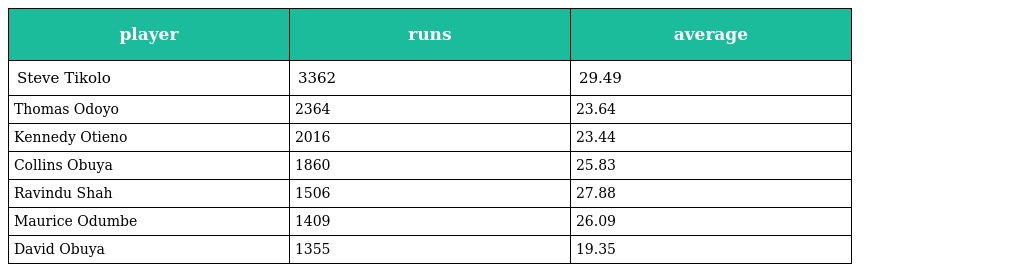
| player | runs | average |
 | --- | --- | --- |
 | Steve Tikolo | 3362 | 29.49 |
 | Thomas Odoyo | 2364 | 23.64 |
 | Kennedy Otieno | 2016 | 23.44 |
 | Collins Obuya | 1860 | 25.83 |
 | Ravindu Shah | 1506 | 27.88 |
 | Maurice Odumbe | 1409 | 26.09 |
 | David Obuya | 1355 | 19.35 |